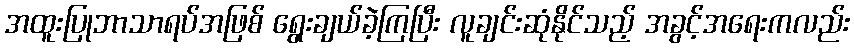
အထူးပြုဘာသာရပ်အဖြစ် ရွေးချယ်ခဲ့ကြပြီး လူချင်းဆုံနိုင်သည့် အခွင့်အရေးကလည်း